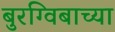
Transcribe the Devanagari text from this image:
बुरग्विबाच्या